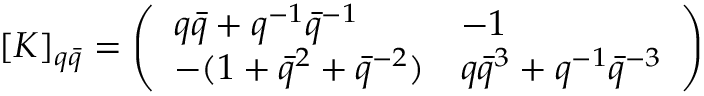
\lbrack K ] _ { q \bar { q } } = \left( \begin{array} { l l } { { q \bar { q } + q ^ { - 1 } \bar { q } ^ { - 1 } } } & { { - 1 } } \\ { { - ( 1 + \bar { q } ^ { 2 } + \bar { q } ^ { - 2 } ) } } & { { q \bar { q } ^ { 3 } + q ^ { - 1 } \bar { q } ^ { - 3 } } } \end{array} \right)